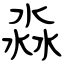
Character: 淼